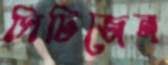
সিটিজেন